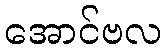
အောင်ဗလ